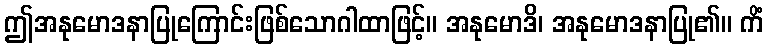
ဤအနုမောဒနာပြုကြောင်းဖြစ်သောဂါထာဖြင့်။ အနုမောဒိ၊ အနုမောဒနာပြု၏။ ကိံ